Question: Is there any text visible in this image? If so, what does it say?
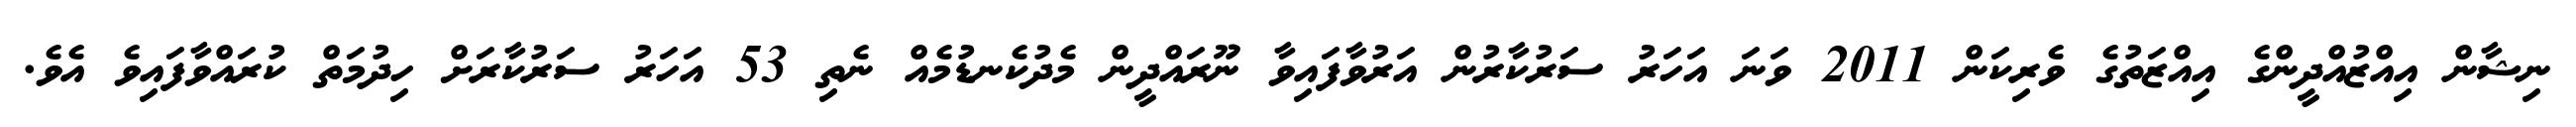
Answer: ނިޝާން އިއްޒުއްދީންގެ އިއްޒަތުގެ ވެރިކަން 2011 ވަނަ އަހަރު ސަރުކާރުން އަރުވާފައިވާ ނޫރައްދީން މެދުކެނޑުމެއް ނެތި 53 އަހަރު ސަރުކާރަށް ހިދުމަތް ކުރައްވާފައިވެ އެވެ.